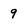
Character: 9